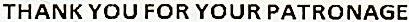
THANK YOU FOR YOUR PATRONAGE